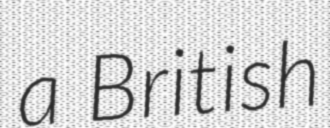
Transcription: a British